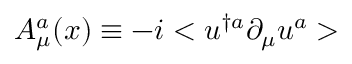
A _ { \mu } ^ { a } ( x ) \equiv - i < u ^ { \dagger a } \partial _ { \mu } u ^ { a } >